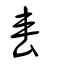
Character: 軎